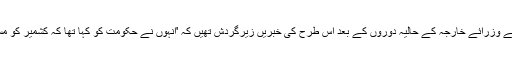
خیال رہے کہ دونوں ممالک کے وزرائے خارجہ کے حالیہ دوروں کے بعد اس طرح کی خبریں زیرگردش تھیں کہ 'انہوں نے حکومت کو کہا تھا کہ کشمیر کو مسلم امہ کا مسئلہ نہ بنایا جائے'۔